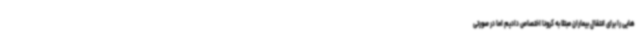
هایی را برای انتقال بیماران مبتلا به کرونا اختصاص دادیم اما در صورتی